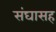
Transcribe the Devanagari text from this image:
संघासह